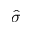
\hat { \sigma }